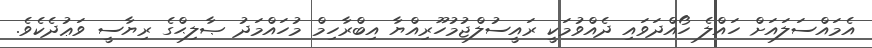
އެެމައްސަލައަށް ހައްލެ ހޯއްދަވައި ދެއްވުމަކީ ރައީސުލްޖުމުހޫރިއްޔާ އިބްރާހިމް މުހައްމަދު ޞާލިޙްގެ ރިޔާސީ ވަޢުދެކެވެ.